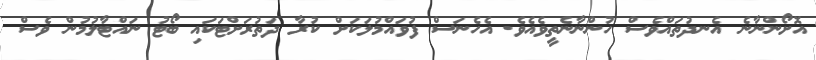
އޮށޯންނާނެ އެނދުތައްވެސް ހުންނާނެތީވެއެވެ. އެހެނަސް ފުވައްމުލަކަށް ކުރާ ދަތުރަށްޓަކައި ބޯޓު ނައްޓާލުމުން ވެސް